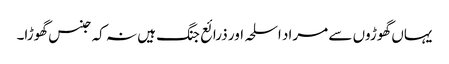
یہاں گھوڑوں سے مراد اسلحہ اور ذرائع جنگ ہیں نہ کہ جنس گھوڑا۔